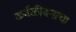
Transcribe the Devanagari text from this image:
कर्दळीवनाचा